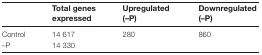
|  | Total genes expressed | Upregulated (–P) | Downregulated (–P) |
 | --- | --- | --- | --- |
 | Control | 14 617 | <ROWSPAN=2> 280 | <ROWSPAN=2> 860 |
 | –P | 14 330 |